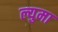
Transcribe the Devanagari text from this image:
ल्युमा